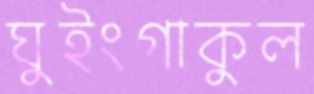
ঘুইংগাকুল